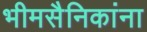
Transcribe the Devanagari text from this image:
भीमसैनिकांना